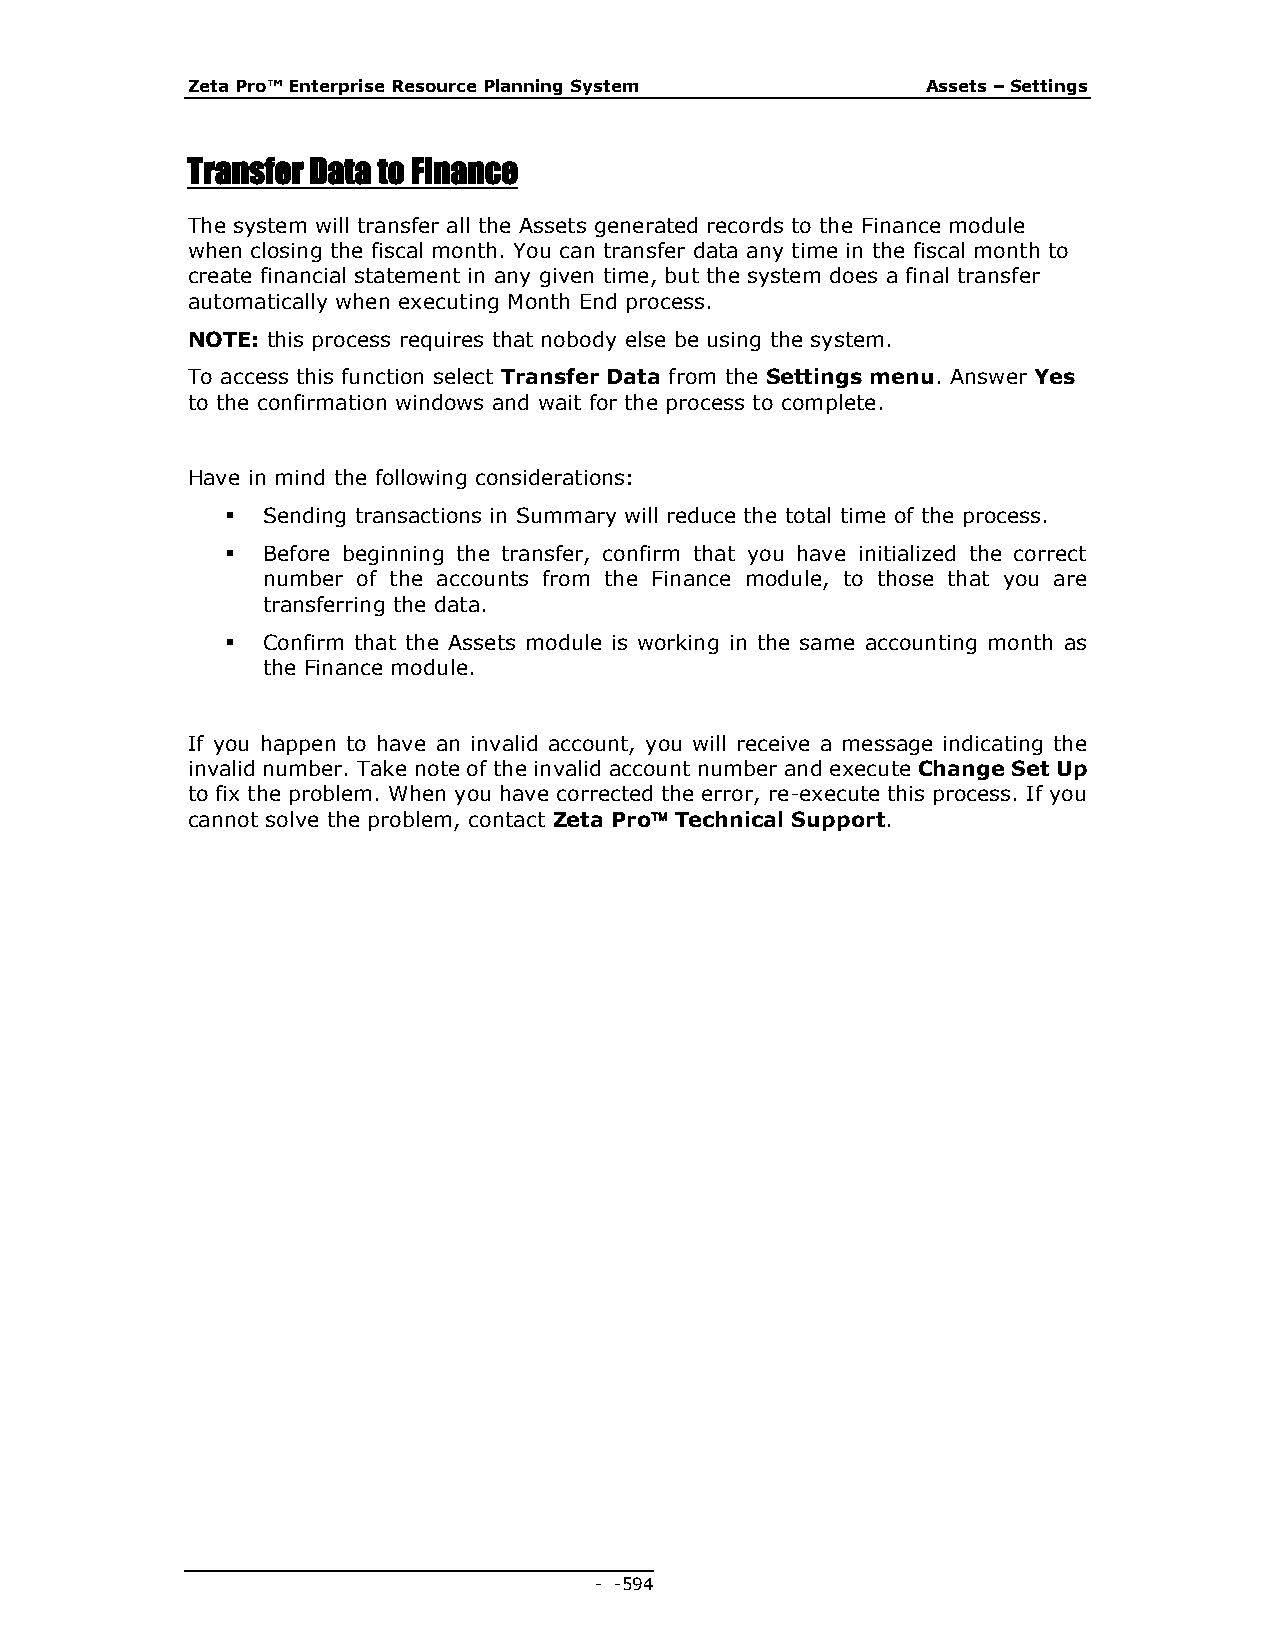
Zeta Pro™ Enterprise Resource Planning System    Assets – Settings
 Transfer Data to Finance
 The system will transfer all the Assets generated records to the Finance module
 when closing the fiscal month. You can transfer data any time in the fiscal month to
 create financial statement in any given time, but the system does a final transfer
 automatically when executing Month End process.
 NOTE: this process requires that nobody else be using the system.
 To access this function select Transfer Data from the Settings menu. Answer Yes
 to the confirmation windows and wait for the process to complete.
 Have in mind the following considerations:
  Sending transactions in Summary will reduce the total time of the process.
  Before beginning the transfer, confirm that you have initialized the correct
 number of the accounts from the Finance module, to those that you are
 transferring the data.
  Confirm that the Assets module is working in the same accounting month as
 the Finance module.
 If you happen to have an invalid account, you will receive a message indicating the
 invalid number. Take note of the invalid account number and execute Change Set Up
 to fix the problem. When you have corrected the error, re-execute this process. If you
 cannot solve the problem, contact Zeta Pro Technical Support.
 - - 594